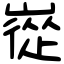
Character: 嵸